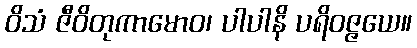
ဝိသံ ဇီဝိတုကာမောဝ၊ ပါပါနိ ပရိဝဇ္ဇယေ။